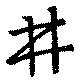
井